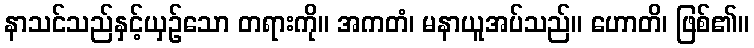
နာသင်သည်နှင့်ယှဉ်သော တရားကို။ အကတံ၊ မနာယူအပ်သည်။ ဟောတိ၊ ဖြစ်၏။